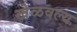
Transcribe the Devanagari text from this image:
खेळवल्य